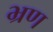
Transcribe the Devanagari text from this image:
भ्रण